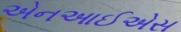
એનઆઈએસ